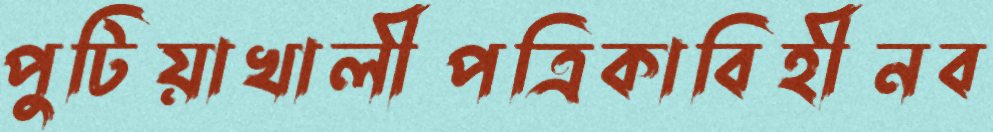
পুটিয়াখালীপত্রিকাবিহীনব